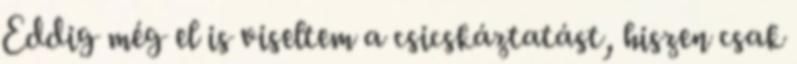
Eddig még el is viseltem a csicskáztatást, hiszen csak